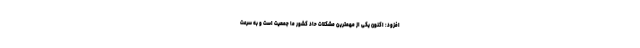
افزود: اکنون یکی از مهمترین مشکلات حاد کشور ما جمعیت است و به سرعت